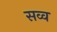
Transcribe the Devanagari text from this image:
सव्व